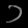
Digit: ၁